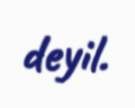
deyil.